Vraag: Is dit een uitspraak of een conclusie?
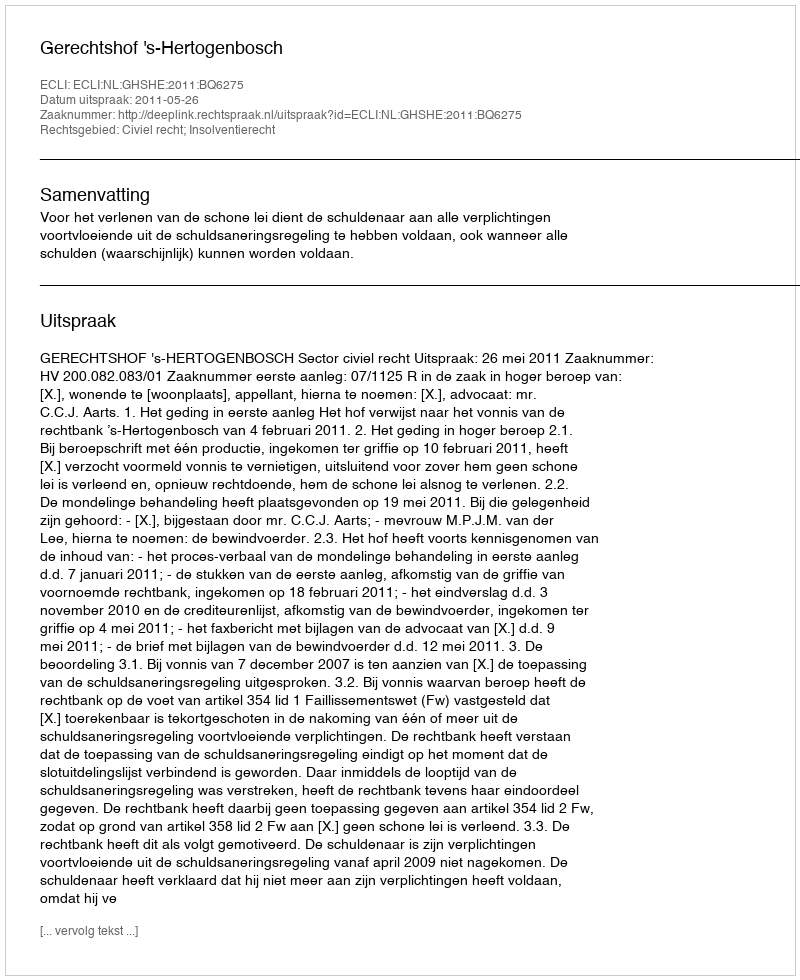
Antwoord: Uitspraak